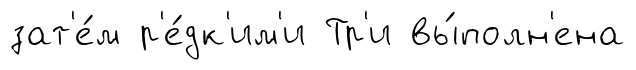
зат'е́м р'е́дк'им'и Тр'и вы́полн'ена